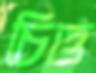
চিত্ত